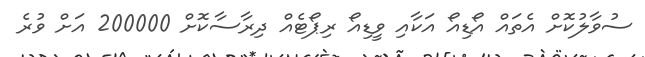
ސުވާލުކޮށް އެތައް އޯޑިއޯ އަކާއި ވީޑިއޯ ރިޕޯޓެއް ދިރާސާކޮށް 200000 އަށް ވުރެ